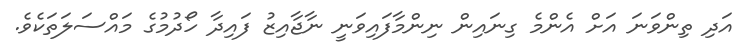
އަދި ތިންވަނަ އަށް އެންމެ ގިނައިން ނިންމާފައިވަނީ ނާޖާއިޒު ފައިދާ ހޯދުމުގެ މައްސަލަތަކެވެ.